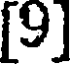
[9]